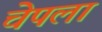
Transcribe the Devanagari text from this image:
चेपला